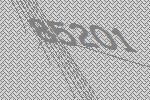
85201